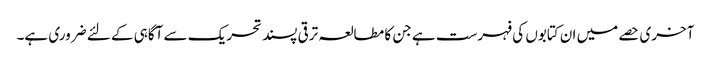
آخری حصے میں ان کتابوں کی فہرست ہے جن کا مطالعہ ترقی پسند تحریک سے آگاہی کے لئے ضروری ہے۔